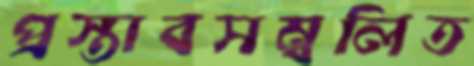
প্রস্তাবসম্বলিত